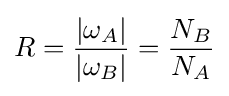
R={\frac {|\omega _{A}|}{|\omega _{B}|}}={\frac {N_{B}}{N_{A}}}